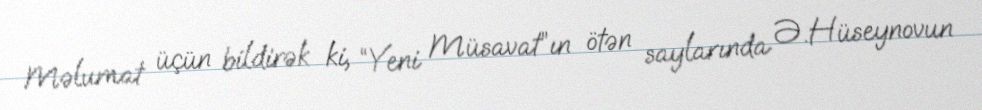
Məlumat üçün bildirək ki, “Yeni Müsavat”ın ötən saylarında Ə.Hüseynovun